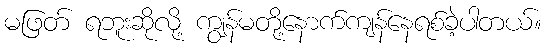
မဖြတ် ရဘူးဆိုလို့ ကျွန်မတို့နောက်ကျန်နေရစ်ခဲ့ပါတယ်။